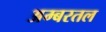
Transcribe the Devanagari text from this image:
अम्बरतल